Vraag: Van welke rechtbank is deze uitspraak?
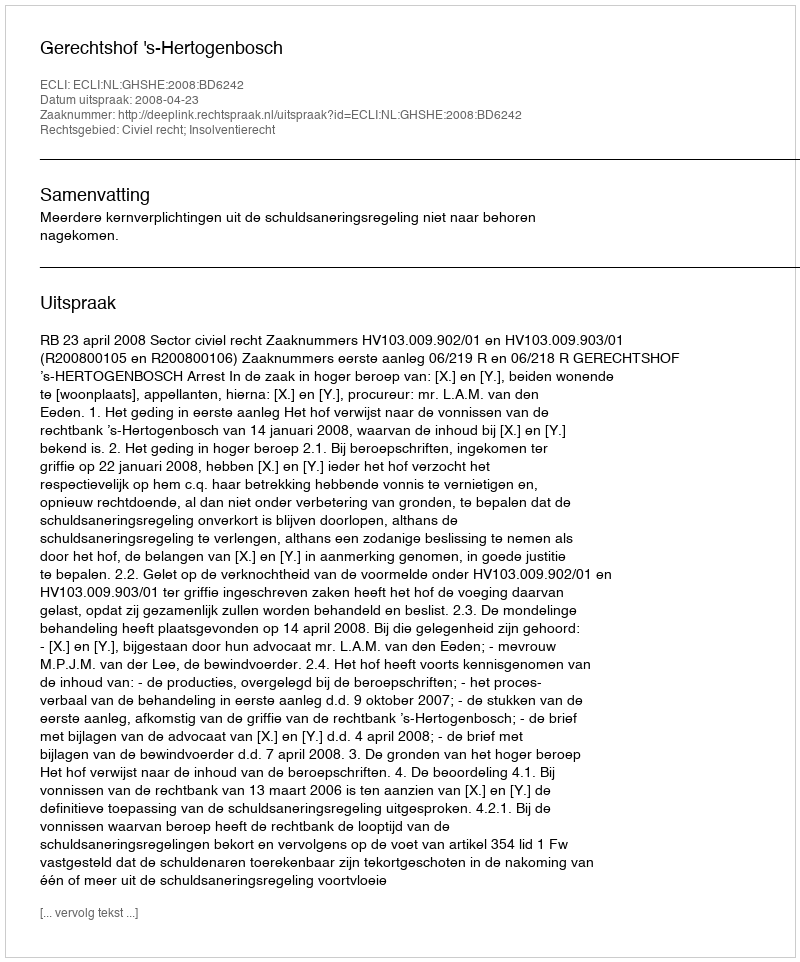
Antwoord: Gerechtshof 's-Hertogenbosch